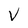
Character: V